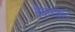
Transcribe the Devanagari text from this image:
देवाराहाट